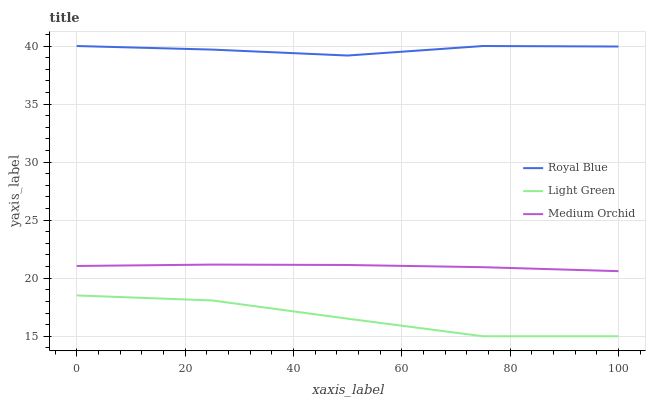
| xaxis_label | Royal Blue | Light Green | Medium Orchid |
 | --- | --- | --- | --- |
 | 0 | 40 | 18.5 | 21.1 |
 | 25 | 39.7 | 18.1 | 21.2 |
 | 50 | 39.2 | 16.5 | 21.1 |
 | 75 | 40 | 15 | 20.9 |
 | 100 | 40 | 15 | 20.6 |